Vital statistics of India. Vol. VI, European troops 1870-79
Year: 1870
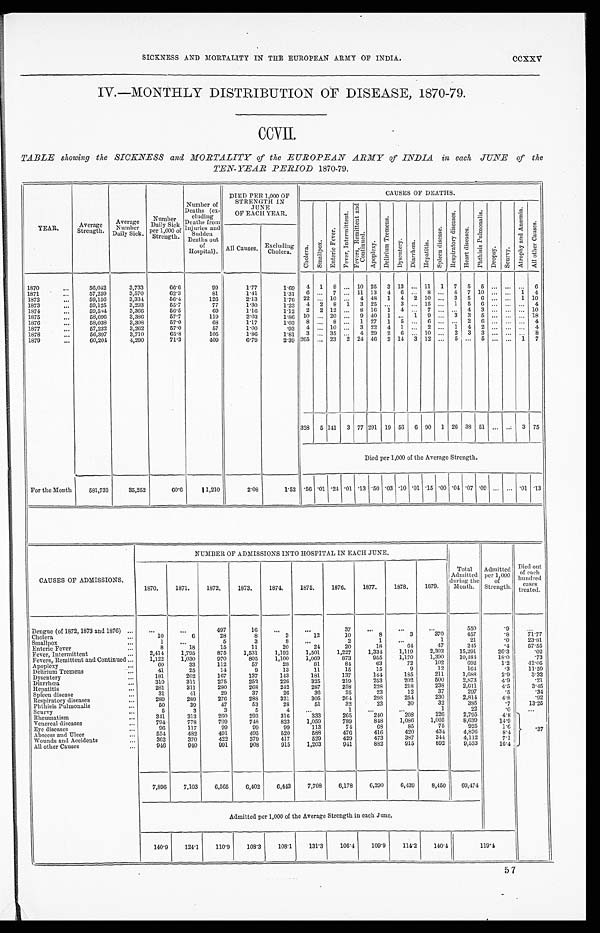
SICKNESS AND MORTALITY IN THE EUROPEAN ARMY OF INDIA.
CCXXV
IV.—MONTHLY DISTRIBUTION OF DISEASE, 1870-79.
TABLE showing the SICKNESS and MORTALITY of the EUROPEAN ARMY of INDIA in each JUNE of the
TEN-YEAR PERIOD 1870-79.
Y E A R .
Average
Strength.
Average N u m b e r
Daily Sick.
Number
Daily S ick
per 1,000 o f
Strength .
Number
Deaths (ex-
cluding
Deaths from
Injuries and
Sudden
Deaths out
of
Hospital).
DIED PER 1,000 OF
STRENGTH IN
J U N E
OF EACH YEAR.
CAUSES OF DEATHS.
C h o l e r a .
S m a l l p o x .
E n t e r i c F e v e r .
F e v e r , I n t e r m i t t e n t .
F e v e r s , R e m i t t e n t a n d C o n t i n u e d .
A p o p l e x y .
D e l i r i u m T r e m e n s .
D y s e n t e r y .
D i a r h œ a .
Hepat i t i s .
S p l e e n d i s e a s e .
R e s p i r a t o r y d i s e a s e s .
H e a r t d i s e a s e s .
P h t h i s i s P u l m o n a l i s .
D r o p s y .
S e u r v y .
A t r o p h y a n d A n æ m i a .
A l l o t h e r C a u s e s .
All Causes. Excludin
g Cholera.
1870
56,042
3,733
66.6
99
1.77
1.69
4
1
8 ... 10 25
3 13 ... 11
1
7
5
5 ... ...
.
..
6
1871
57,259
3,570
62.3
81
1.41
1.31
6 ...
7 ... 11 13
4
6
...
8 ...
4
7 10 ...
...
1
4
1872
59,156
3,334
56.4
126
2.13
1.76
22 ...
1 0 ...
4 48
1
4 2
10 ...
3
5
6
... ...
1 10
1873
59,125
3,293
55.7
77
1.30
1.23
4
2 8 1
3 25
. . .
3 ... 15 ...
1
5
6 ... ...
...
4
1874
59,584
3,366
56.5
69
1.16
1.12
2
2 12 ...
8 16
1
4 ...
7
...
. . .
4
3 ... ... ... 10
1875
58,696
3,386
57.7
119
2.03
1.86
10 ... 20 ...
9 40
1 ...
1
9 ...
3 3
5 ... ... ... 18
1876
58,038
3,308
57.0
68
1.17
1.03
8 ...
8 ...
1 27
1
5 ...
6 ... ...
2
6 ...
... ...
4
1877
57,232
3,262
57.0
57
1.00
.93
4 ... 10 ...
3 22
4
1 ...
2 ...
1
4
2 ...
... ...
4
1878
56,397
3,710
65.8
105
1.86
1.81
3 ... 35 ...
4 29
2
6 ... 10 ...
2
3
3 ...
... ...
8
1879
60,204
4,290
71.3
409
6.79
2.39 265 ... 23
2 24 46
2 14
3 12 ...
5 ...
5 ...
. . .
1
7
328
5 141
3 77 291 19 56
6 90
1 26 38 51 ...
...
3 75
Died per 1,000 of the Average Strength.
_
For the Month
581,733
35,252
60.6
1,210
2.08
1.52 .56 .01 .24 .01 .13 .50 .03 .10 .01 .15 .00 .04
.07 .09 ... ... .01 .13
CAUSES OF ADMISSIONS.
NUMBER OF ADMISSIONS INTO HOSPITAL IN EACH JUNE.
1870.
1871.
1872.
1873.
1874.
1875.
1876.
1877.
1878.
1879.
Total
Admitted
during the
Month.
Admitted
per 1,000
of
Strength.
Died out
of each
hundred
cases
treated.
Dengue (of 1872, 1873 and 1876)
...
...
497
16
...
. . .
3 7
. . .
...
...
550
.9
...
Cholera
10
6
28
8
2
12
10
8
3
370
4 5 7
.8
71.77
Smallpox
1
...
5
3
8
. . .
2
1
...
1
2 1
.0
23.81
Enteric Fever
8
18
15
11
20
24
20
18
64
4 7
245
.4
57.55
Fever, Intermittent
2,414
1,795
875
1,531
1,192
1,501
1,227
1,334
1 , 1 1 9
2,303
1 5 , 2 9 1
26.3
. 0 2
Fevers, Remittent and Continued
1,122
1,030
970
805
1,100
1,069
873
955
1,170
1 , 3 9 0
10,484
1 8 . 0
. 7 3
Apoplexy
60
33
112
57
28
81
84
63
72
102
692
1.' 2
42.05
Delirium Tremens
41
25
14
9
13
11
15
15
9
1 2
164
. 3
1 1 . 5 9
Dysentery
181
202
167
137
143
181
1 3 7
1 4 4
1 8 5
2 1 1
1,688
2.9
3 . 3 2
Diarrhœa
310
311
275
252
226
325
2 1 9
253
2 0 2
5 0 0
2,873
4.9
.21
Hepatitis
281
311
280
268
242
287
258
2 2 8
2 1 8
2 3 8
2 , 6 1 1
4 . 5
3 . 4 5
Spleen disease
31
41
29
3 7
2 6
36
25
23
1 2
3 7
297
. 5
. 3 4
Respiratory diseases
289
289
276
288
3 2 1
3 0 5
2 6 4
2 9 8
2 5 4
2 3 0
2,814
4 . 8
. 9 2
Phthisis Pulmonalis
50
39
47
53
28
51
32
23
3 0
3 2
3 8 5
. 7
1 3 . 2 5
Scurvy
5
3
3
5
4
. . .
1
...
...
1
22
. 0
. . .
. 3 7
Rheumatism
3 4 1
3 1 3
2 6 0
2 9 3
3 1 6
3 3 3
2 6 5
2 4 0
2 0 8
2 2 6
2,795
4.8
Venereal diseases
7 9 4
7 7 8
7 0 9
7 4 8
8 2 3
1,059
789
8 4 8
1 , 0 8 6
1 , 0 0 5
8 , 6 3 9
1 4 . 9
Eye diseases
96
117
9 9
9 9
9 9
1 1 3
7 4
6 8
8 5
7 5
9 2 5
1 . 6
Abscess and Ulcer
554
482
491
495
520
588
476
416
4 2 0
434
4 , 8 7 6
8 . 4
Wounds and Accidents
362
370
422
379
417
529
429
4 7 3
3 8 7
3 4 4
4 , 1 1 2
7 . 1
All other Causes
946
940
991
908
915
1,203
941
882
915
892
9,533
16.4
7,896
7,103
6,565
6,402
6,443
7,708
6,178
6,290
6,439
8,450
69,474
Admitted per 1,000 of the Average Strength in each June.
140.9
124.1
110.9
108.3
108.1
131.3
106.4
109.9
114.2
140.4
1 1 9 . 4
57